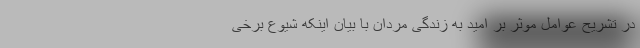
در تشریح عوامل موثر بر امید به زندگی مردان با بیان اینکه شیوع برخی